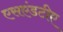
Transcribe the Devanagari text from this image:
एसएंडटीए